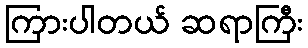
ကြားပါတယ် ဆရာကြီး